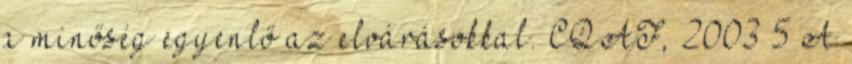
a minőség egyenlő az elvárásokkal. CQAF, 2003 5 A